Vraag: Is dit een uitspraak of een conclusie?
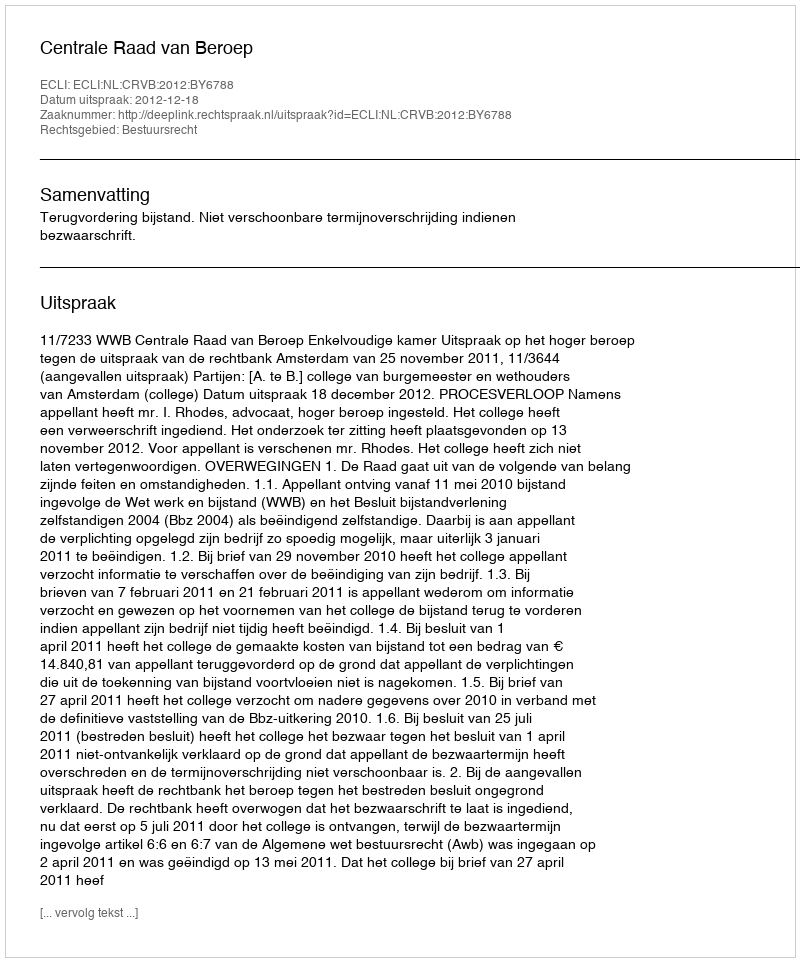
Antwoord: Uitspraak